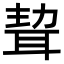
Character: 𦕴